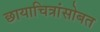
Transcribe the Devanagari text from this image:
छायाचित्रांसोबत